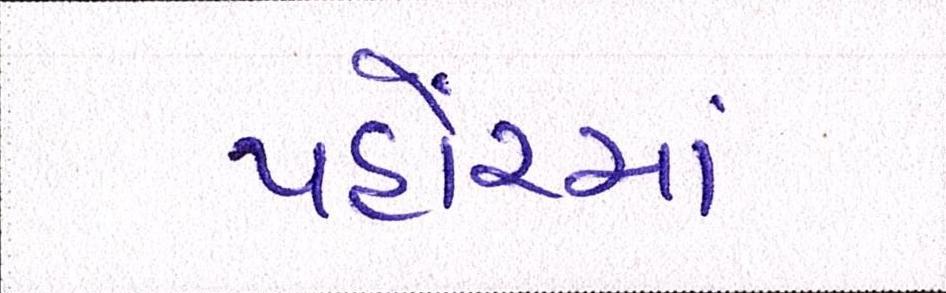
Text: પહોંચ્યાં